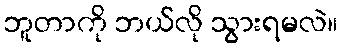
ဘူတာကို ဘယ်လို သွားရမလဲ။